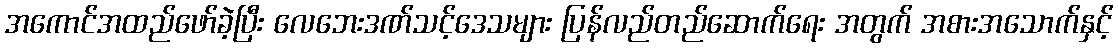
အကောင်အထည်ဖော်ခဲ့ပြီး လေဘေးဒဏ်သင့်ဒေသများ ပြန်လည်တည်ဆောက်ရေး အတွက် အစားအသောက်နှင့်